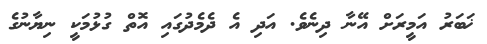
ޚަބަރު އަމީރަށް އޭނާ ދިނެވެ. އަދި އެ ދެމެދުގައި އޮތް ގުޅުމަކީ ނިޔާނުގެ